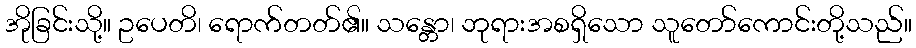
အိုခြင်းသို့။ ဥပေတိ၊ ရောက်တတ်၏။ သန္တော၊ ဘုရားအစရှိသော သူတော်ကောင်းတို့သည်။